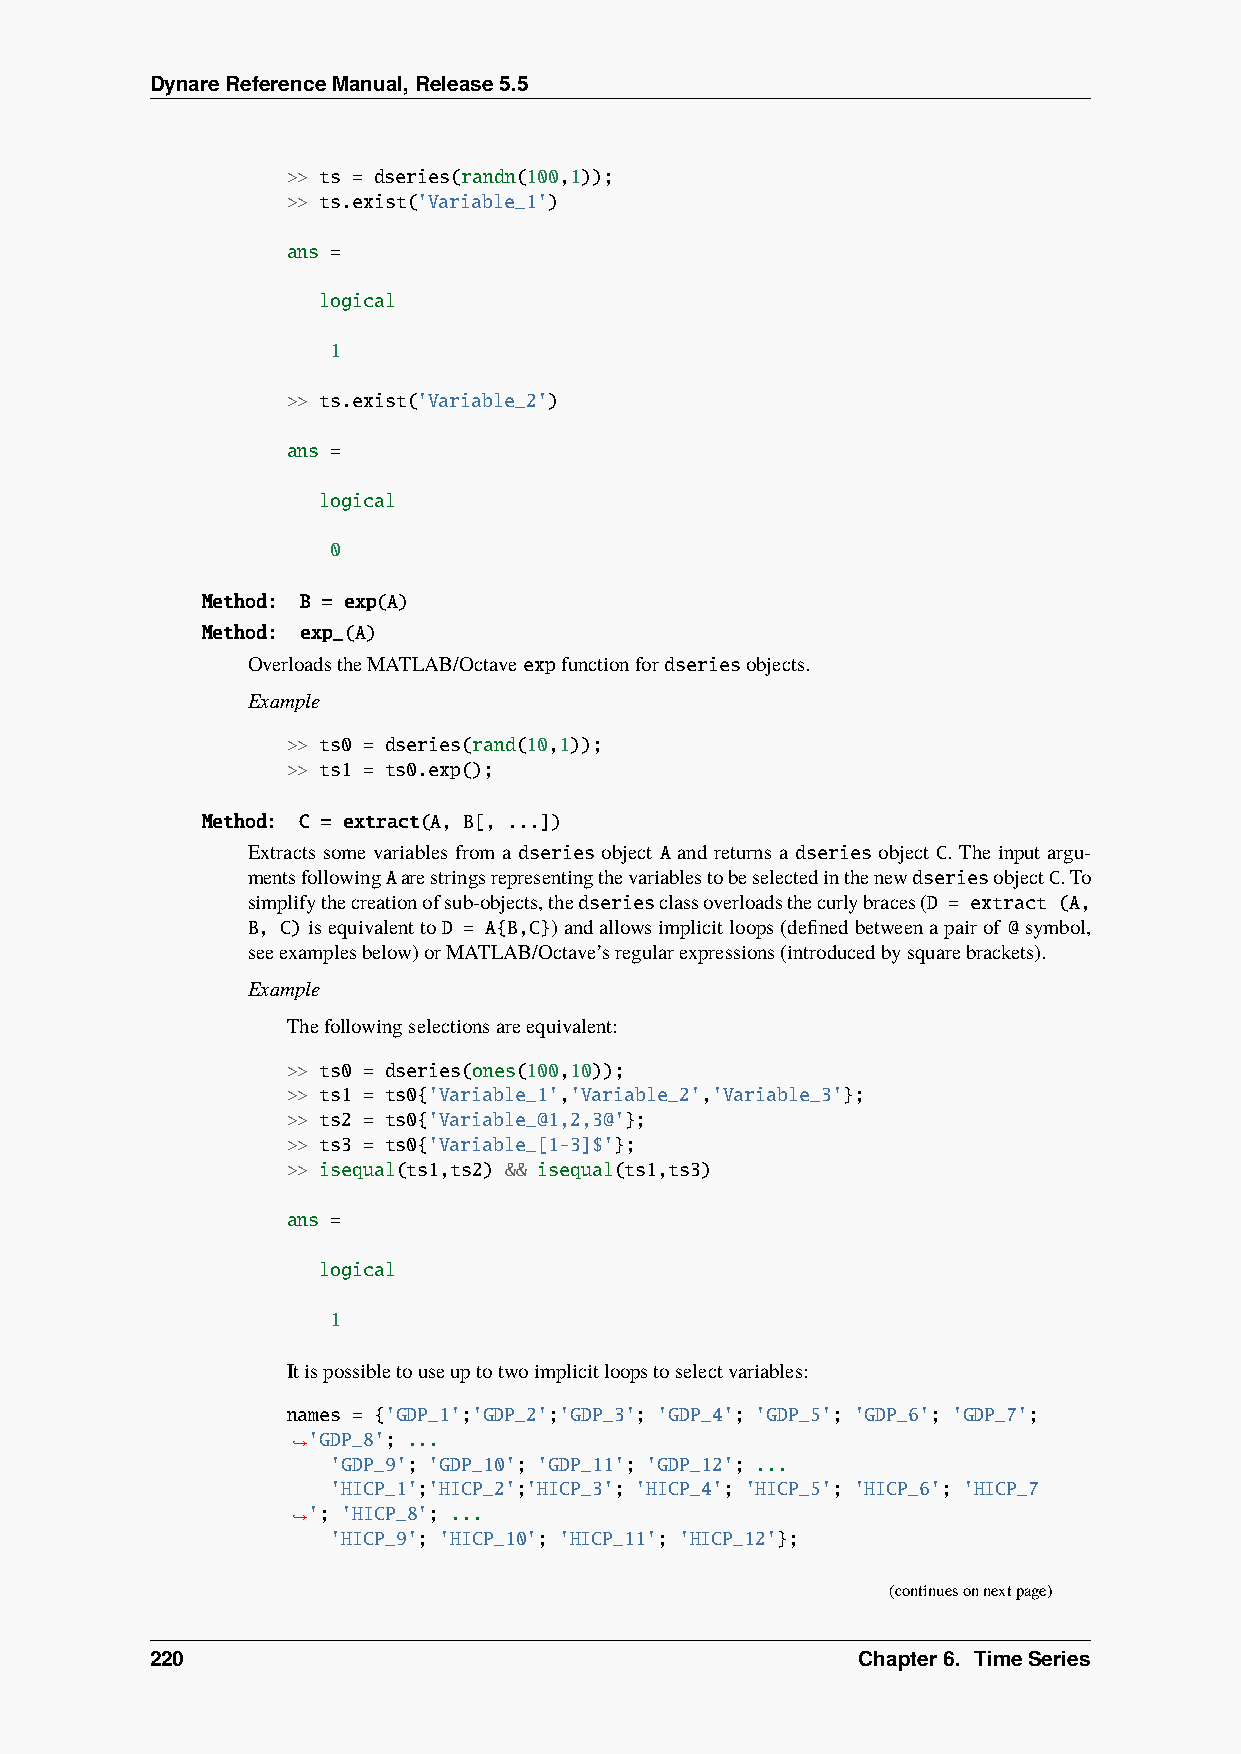
DynareReferenceManual,Release5.5
 >> ts = dseries(randn(100,1));
 >> ts.exist('Variable_1')
 ans =
 logical
 1
 >> ts.exist('Variable_2')
 ans =
 logical
 0
 Method: B = exp(A)
 Method: exp_(A)
 OverloadstheMATLAB/Octaveexpfunctionfordseriesobjects.
 Example
 >> ts0 = dseries(rand(10,1));
 >> ts1 = ts0.exp();
 Method: C = extract(A, B[, ...])
 Extracts some variables from a dseries object A and returns a dseries object C. The input argu-
 mentsfollowingAarestringsrepresentingthevariablestobeselectedinthenewdseriesobjectC.To
 simplifythecreationofsub-objects,thedseriesclassoverloadsthecurlybraces(D = extract (A,
 B, C)isequivalenttoD = A{B,C})andallowsimplicitloops(definedbetweenapairof @symbol,
 seeexamplesbelow)orMATLAB/Octave’sregularexpressions(introducedbysquarebrackets).
 Example
 Thefollowingselectionsareequivalent:
 >> ts0 = dseries(ones(100,10));
 >> ts1 = ts0{'Variable_1','Variable_2','Variable_3'};
 >> ts2 = ts0{'Variable_@1,2,3@'};
 >> ts3 = ts0{'Variable_[1-3]$'};
 >> isequal(ts1,ts2) && isequal(ts1,ts3)
 ans =
 logical
 1
 Itispossibletouseuptotwoimplicitloopstoselectvariables:
 names = {'GDP_1';'GDP_2';'GDP_3'; 'GDP_4'; 'GDP_5'; 'GDP_6'; 'GDP_7';
 'GDP_8'; ...
 ˓→
 'GDP_9'; 'GDP_10'; 'GDP_11'; 'GDP_12'; ...
 'HICP_1';'HICP_2';'HICP_3'; 'HICP_4'; 'HICP_5'; 'HICP_6'; 'HICP_7
 '; 'HICP_8'; ...
 ˓→
 'HICP_9'; 'HICP_10'; 'HICP_11'; 'HICP_12'};
 (continuesonnextpage)
 220                                            Chapter6. TimeSeries